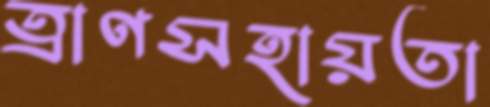
ত্রাণসহায়তা